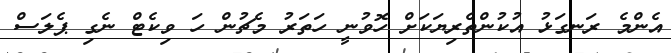
އެންމެ ރަނގަޅު އުކުންތެރިޔަކަށް ހޮވުނީ ހަތަރު މެޗުން ހަ ވިކެޓް ނެގި ޕެލަސް